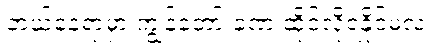
ဘယ်နေရာမှာ ကျွန်တော် ခဏ ထိုင်လို့ရနိုင်မလဲ။